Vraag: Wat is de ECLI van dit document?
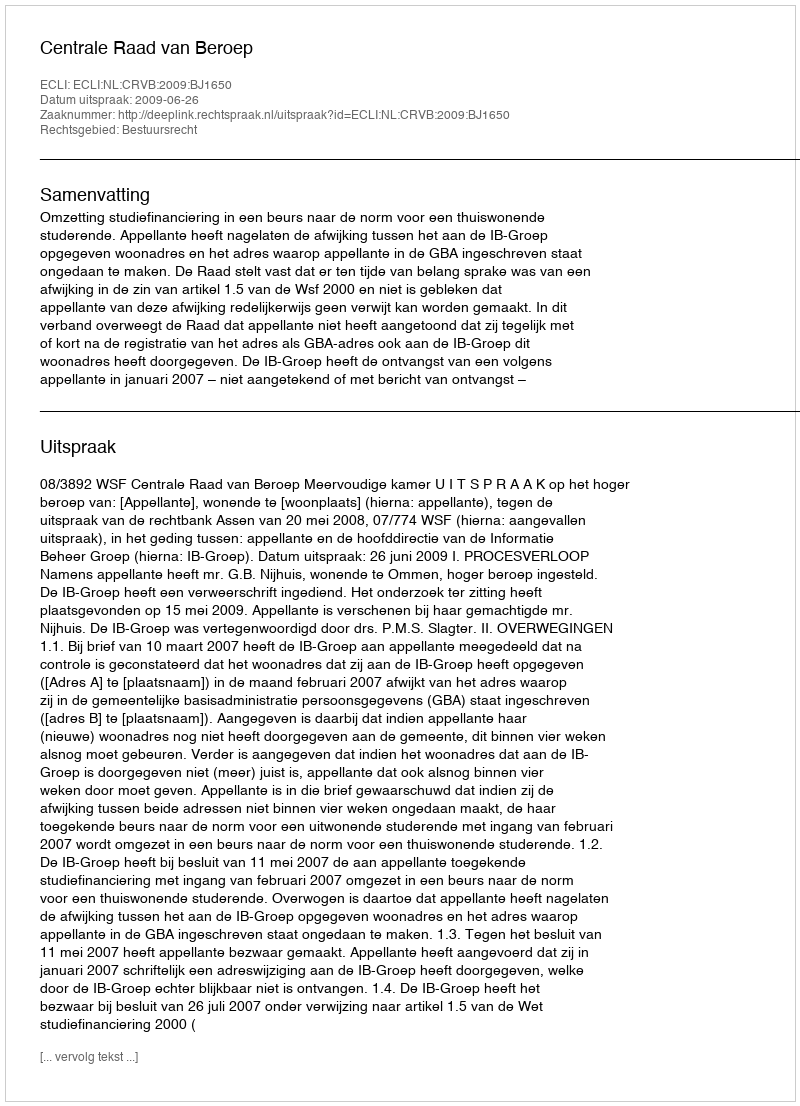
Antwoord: ECLI:NL:CRVB:2009:BJ1650